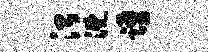
治溉踊